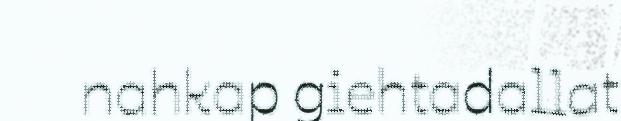
nahkap giehtadallat